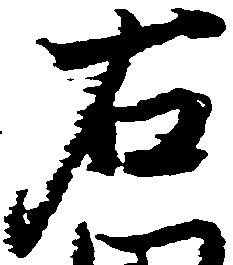
右